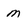
Character: m